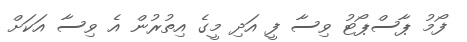
ފޯމު ޕާސްޕޯޓު ވިސާ ފީ އަދި މީގެ އިތުރުން އެ ވިސާ އަކަށް